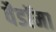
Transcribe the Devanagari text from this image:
वैडाॅमा